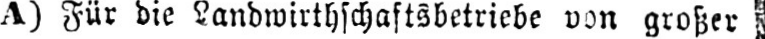
A) Für die Landwirthschaftsbetriebe von großer